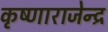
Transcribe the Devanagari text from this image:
कृष्णाराजेन्द्र